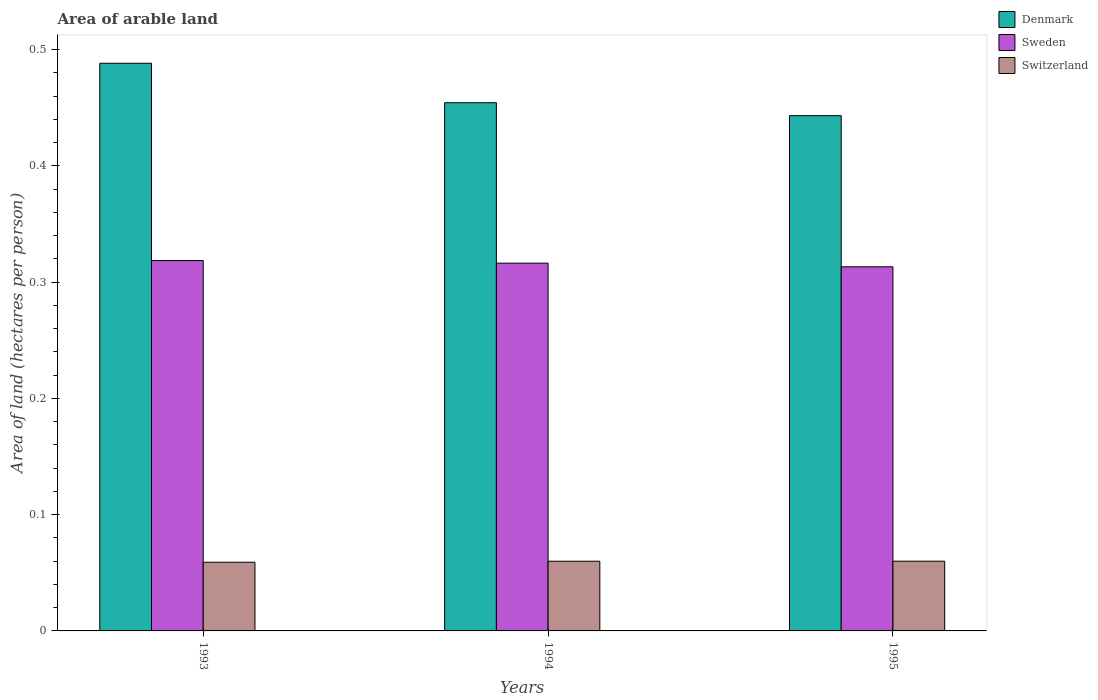
| Years | Denmark | Sweden | Switzerland |
 | --- | --- | --- | --- |
 | 1993 | 0.488 | 0.319 | 0.0591 |
 | 1994 | 0.454 | 0.316 | 0.0599 |
 | 1995 | 0.443 | 0.313 | 0.06 |